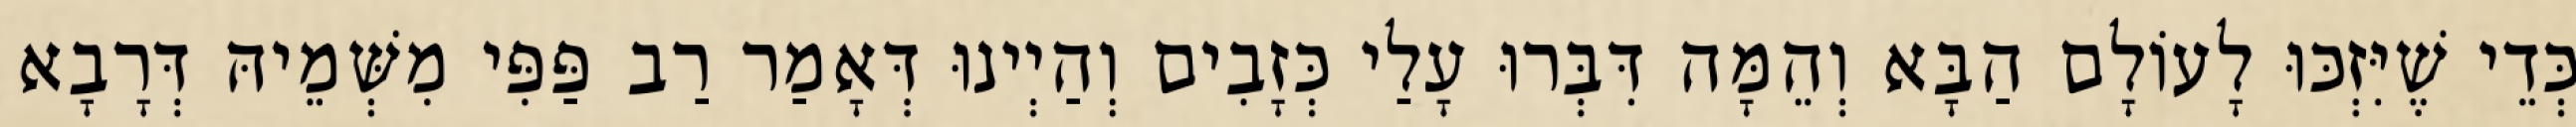
כְּדֵי שֶׁיִּזְכּוּ לָעוֹלָם הַבָּא וְהֵמָּה דִּבְּרוּ עָלַי כְּזָבִים וְהַיְינוּ דְּאָמַר רַב פַּפִּי מִשְּׁמֵיהּ דְּרָבָא